Vaccination in Bombay 1889-1901 - 1889-1901
Year: 1889
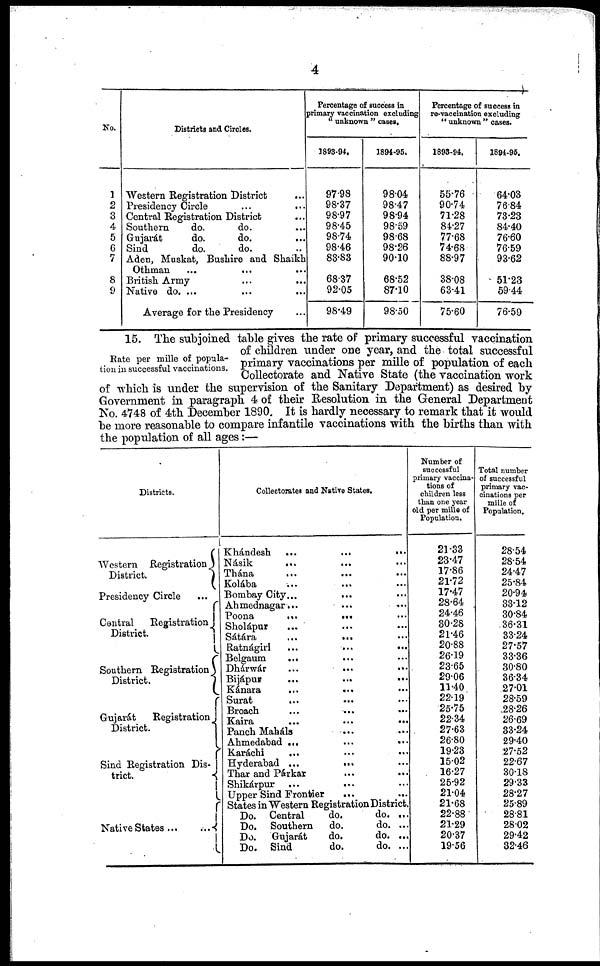
4
No.
1
2
3
4
5
6
7
8
9
Districts and Circles.
Western Registration District ...
Presidency Circle ... ...
Central Registration District ...
Southern
do.
do. ...
Gujarát
do.
do.
...
Sind
do.
do. ...
Aden, Muskat, Bushire and Shaikh
Othman
...
...
...
British Army ... ...
Native do. ... ...
Average for the Presidency
Percentage of success in
primary vaccination excluding
" unknown " cases.
1893-94.
97.98
98.37
98.97
98.45
98.74
98.46
83.83
68.37
92.05
98.49
1894-95.
98.04
98.47
98.94
98.59
98.68
98.26
90.10
68.52
87.10
98.50
Percentage of success in
re-vaccination excluding
" unknown " cases.
1893-94.
55.76
90.74
71.28
84.27
77.68
74.68
88.97
38.08
63.41
75.60
1894-95.
64.03
76.84
73.23
84.40
76.60
76.59
93.62
51.23
59.44
76.59
Rate per mille of popula-
tion in successful vaccinations.
15. The subjoined table gives the rate of primary successful vaccination
of children under one year, and the total successful
primary vaccinations per mille of population of each
Collectorate and Native State (the vaccination work
of which is under the supervision of the Sanitary Department) as desired by
Government in paragraph 4 of their Resolution in the General Department
No. 4748 of 4th December 1890. It is hardly necessary to remark that it would
be more reasonable to compare infantile vaccinations with the births than with
the population of all ages :—
Districts.
Western Registration
District.
Presidencv Circle
...
Central
Registration
District.
Southern Registration
District.
Gujarát
Registration
District.
Sind Registration Dis-
trict.
Native States ...
...
Collectorates and Native States.
Khándesh
...
...
...
Násik ... ... ...
Thána ... ... ...
Kolába
...
... ...
Bombay City... ... ...
Ahmednagar...
...
...
Poona
...
...
...
Sholápur ... ... ...
Sátára
...
... ...
Ratnágiri
...
...
...
Belgaum
... ... ...
Dhárwár
...
...
...
Bijápur
...
...
...
Kánara ... ... ...
Surat
...
... ...
Broach
...
... ...
Kaira
...
...
...
Panch Maháls
... ...
Ahmedabad ...
...
...
Karáchi
... ... ...
Hyderabad ...
... ...
Thar and Párkar ... ... ...
Shikárpur
...
... ...
Upper Sind Frontier
... ...
States in Western Registration District.
Do. Central
do.
do. ...
Do. Southern
do.
do. ...
Do.
Gujarát
do.
do. ...
Do. Sind
do.
do. ...
Number of
successful
primary vaccina-
tions of
children less
than one year
old per mille of
Population.
21.33
23.47
17.86
21.72
17.47
28.64
24.46
30.28
21.46
20.88
26.19
23.65
29.06
11.40
22.19
25.75
33.34
27.63
26.80
19.23
15.02
16.27
25.92
21.04
21.68
22.88
21.29
20.37
19.56
Total number
of successful
primary vac-
cinations per
mille of
Population.
28.54
28.54
24.47
25.84
20.94
33.12
30.84
36.31
33.24
27.57
33.36
30.80
36.34
27.01
28.59
28.26
26.69
33.24
29.40
27.52
22.67
30.18
29.33
28.27
25.89
28.81
28.02
29.42
32.46